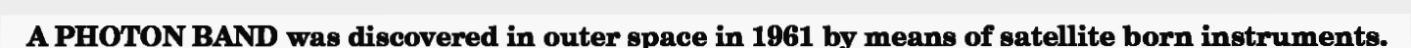
A PHOTON BAND was discovered in outer space in 1961 by means of satellite born instruments.